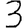
Digit: 3